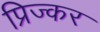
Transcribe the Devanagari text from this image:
प्रिज्कर